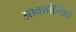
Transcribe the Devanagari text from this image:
आवर्त्तान्तित